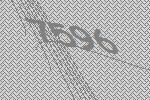
7596